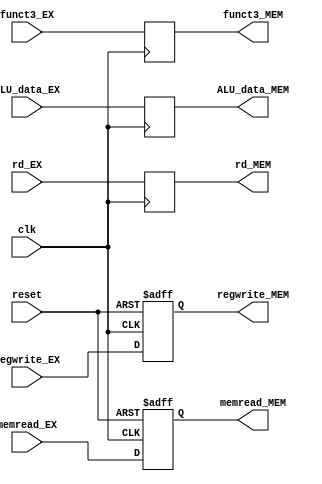
`timescale 1ns / 1ps
//////////////////////////////////////////////////////////////////////////////////
// Company: 
// Engineer: 
// 
// Design Name: 
// Module Name: EX_MEM_stage
// Project Name: 
// Target Devices: 
// Tool Versions: 
// Description: 
// 
// Dependencies: 
// 
// Revision:
// Revision 0.01 - File Created
// Additional Comments:
// 
//////////////////////////////////////////////////////////////////////////////////


module EX_MEM_stage(
    input clk,
    input reset,

    input memread_EX,
    input regwrite_EX,
    input [2:0] funct3_EX,
    input [4:0] rd_EX,
    input [31:0] ALU_data_EX,

    output reg memread_MEM,
    output reg regwrite_MEM,
    output reg [2:0] funct3_MEM,
    output reg [4:0] rd_MEM,
    output reg [31:0] ALU_data_MEM
    );
    
    always@(posedge clk or posedge reset) begin
        if (reset) begin
            memread_MEM <= 0;
            regwrite_MEM <= 0;
        end else begin
            memread_MEM <= memread_EX;
            regwrite_MEM <= regwrite_EX;
        end
    end
    
    always@(posedge clk) begin
        funct3_MEM <= funct3_EX;
        rd_MEM <= rd_EX;
        ALU_data_MEM <= ALU_data_EX;
    end

endmodule